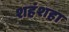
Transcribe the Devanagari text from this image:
शहंशहा